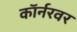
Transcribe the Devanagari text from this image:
काॅर्नरवर